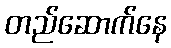
တည်ဆောက်နေ